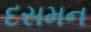
દસમન